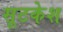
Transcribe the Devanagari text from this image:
सूटकेश